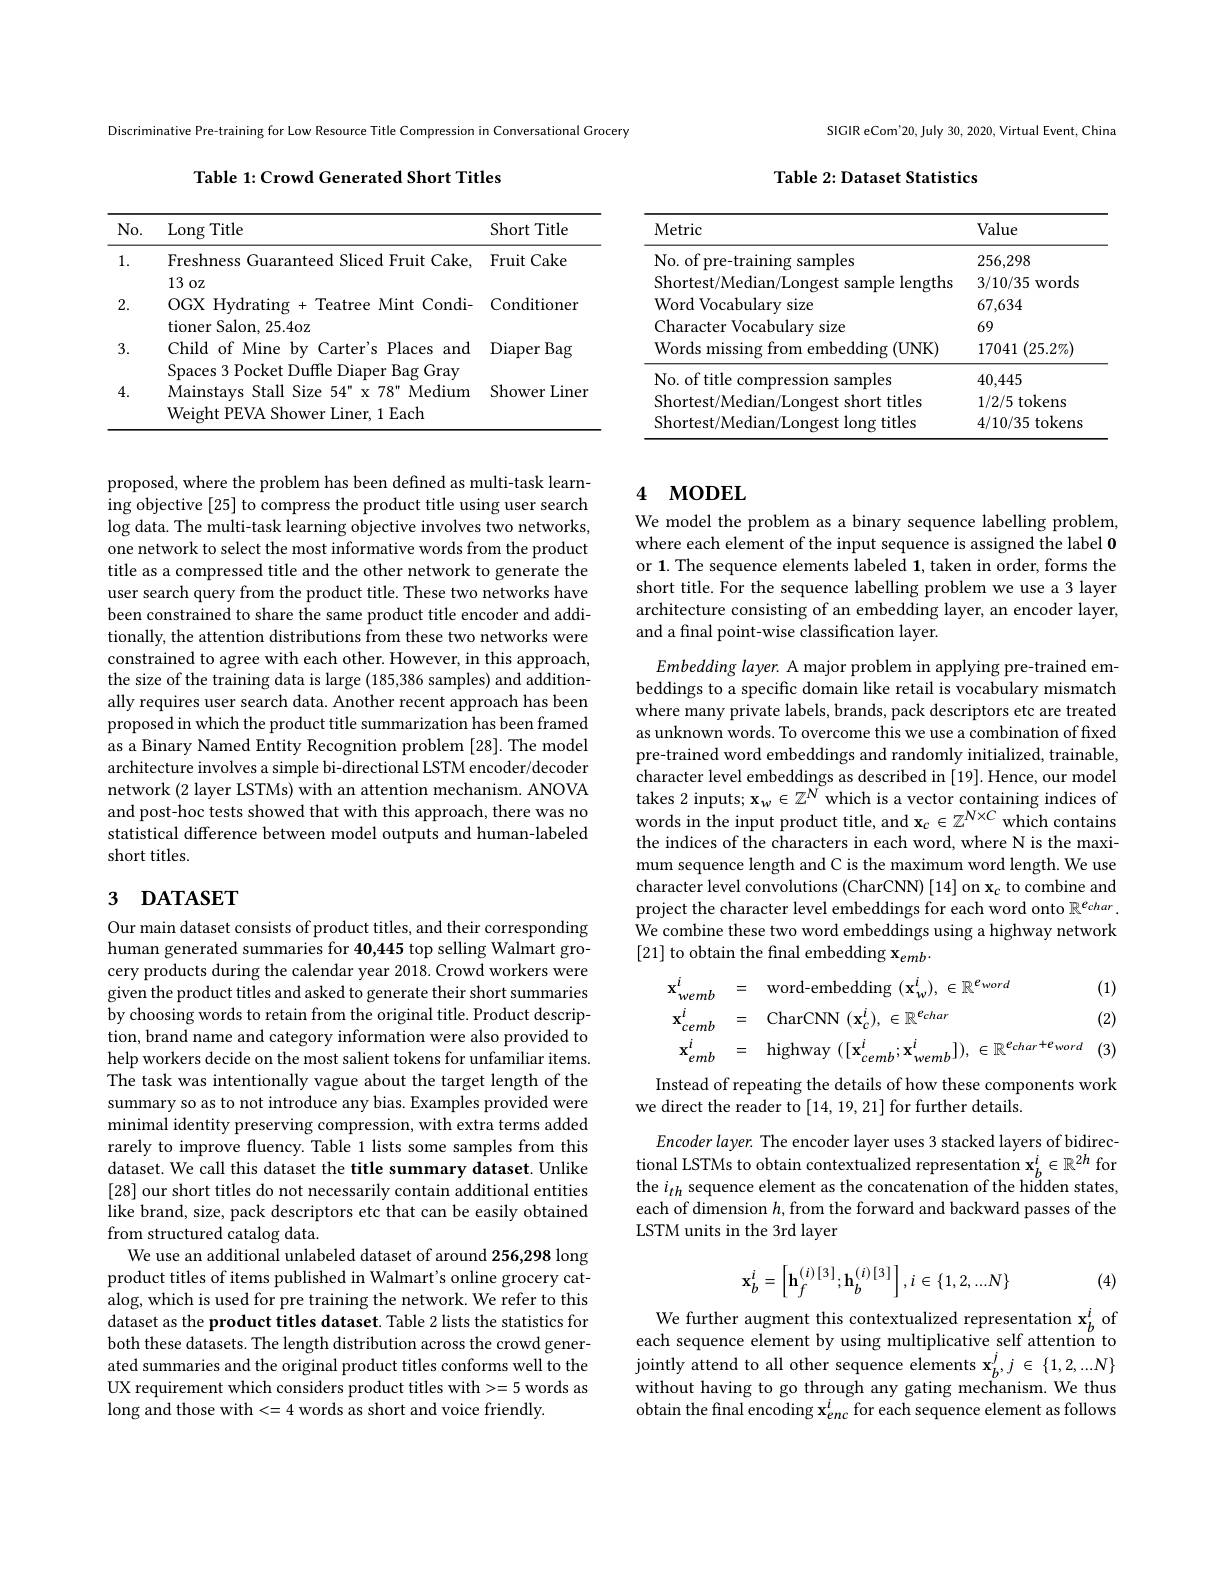
Discriminative Pre-training for Low Resource Title Compression in Conversational Grocery

Table 1: Crowd Generated Short Titles

<table>
	<tbody>
		<tr>
			<th>$No.$</th>
			<th>$\operatorname{Long}$Title</th>
			<th>Short Title</th>
		</tr>
		<tr>
			<td>1.</td>
			<td>Freshness Guaranteed Sliced Fruit Cake, 13,</td>
			<td>Fruit Cake</td>
		</tr>
		<tr>
			<td>2.</td>
			<td>$IVVL$ OGX Hydrating +Teatree Mint Condi- tioner Salon, 25. 4oz</td>
			<td>Conditioner</td>
		</tr>
		<tr>
			<td>3.</td>
			<td>Child of Mine by Carter's Places and $\mathbf{v}_{\mathbf{m}}$ nar</td>
			<td>Diaper Bag</td>
		</tr>
		<tr>
			<td>4.</td>
			<td>Mainstays Stall Size 54" x 78" Medium Weight PEVA Shower Liner, 1 Each</td>
			<td>Shower Liner</td>
		</tr>
	</tbody>
</table>

proposed, where the problem has been defined as multi-task learning objective [25] to compress the product title using user search log data. The multi-task learning objective involves two networks, one network to select the most informative words from the product title as a compressed title and the other network to generate the user search query from the product title. These two networks have been constrained to share the same product title encoder and additionally, the attention distributions from these two networks were constrained to agree with each other. However, in this approach, the size of the training data is large (185,386 samples) and additionally requires user search data. Another recent approach has been proposed in which the product title summarization has been framed as a Binary Named Entity Recognition problem [28]. The model architecture involves a simple bi-directional LSTM encoder/decoder network (2 layer LSTMs) with an attention mechanism. ANOVA and post-hoc tests showed that with this approach, there was no statistical difference between model outputs and human-labeled short titles.

## 3 DATASET

Our main dataset consists of product titles, and their corresponding human generated summaries for 40,445 top selling Walmart grocery products during the calendar year 2018.Crowd workers were given the product titles and asked to generate their short summaries by choosing words to retain from the original title. Product description, brand name and category information were also provided to help workers decide on the most salient tokens for unfamiliar items The task was intentionally vague about the target length of the summary so as to not introduce any bias. Examples provided were minimal identity preserving compression, with extra terms added rarely to improve fluency. Table 1 lists some samples from this dataset. We call this dataset the title summary dataset. Unlike [28] our short titles do not necessarily contain additional entities like brand, size, pack descriptors etc that can be easily obtained from structured catalog data.
We use an additional unlabeled dataset of around 256,298 long product titles of items published in Walmart's online grocery catalog, which is used for pre training the network. We refer to this dataset as the product titles dataset. Table 2 lists the statistics for both these datasets. The length distribution across the crowd generated summaries and the original product titles conforms well to the UX requirement which considers product titles with>=5 words as long and those with<=4 words as short and voice friendly

SIGIR eCom'20, July 30, 2020, Virtual Event, China

Table 2: Dataset Statistics

<table>
	<tbody>
		<tr>
			<th>Metric</th>
			<th>Value</th>
		</tr>
		<tr>
			<td>No. of pre-training samples</td>
			<td>256,298</td>
		</tr>
		<tr>
			<td>Shortest/Median/Longest sample lengths</td>
			<td>words 3/10/35</td>
		</tr>
		<tr>
			<td>Word Vocabulary size</td>
			<td>67,634</td>
		</tr>
		<tr>
			<td>Character Vocabulary size</td>
			<td>69</td>
		</tr>
		<tr>
			<td>Words missing from embedding (UNK)</td>
			<td>$(25.2\%)$ 17041</td>
		</tr>
		<tr>
			<td>No. of title compression samples</td>
			<td>40,445</td>
		</tr>
		<tr>
			<td>Shortest/Median/Longest short titles</td>
			<td>1/2/5 tokens</td>
		</tr>
		<tr>
			<td>Shortest/Median/Longest long titles</td>
			<td>4/10/35 tokens</td>
		</tr>
	</tbody>
</table>

## 4 моDEL

We model the problem as a binary sequence labelling problem, where each element of the input sequence is assigned the label 0 or 1. The sequence elements labeled 1, taken in order, forms the short title. For the sequence labelling problem we use a 3 layer architecture consisting of an embedding layer, an encoder layer, and a final point-wise classification layer.

Embedding layer. A major problem in applying pre-trained embeddings to a specific domain like retail is vocabulary mismatch where many private labels, brands, pack descriptors etc are treated as unknown words. To overcome this we use a combination of fixed pre-trained word embeddings and randomly initialized, trainable, character level embeddings as described in [19]. Hence, our model $\text{takes 2 inputs; x}_{w}\in \mathbb{Z} ^{N}$ which is a vector containing indices of $\text{words in the input product title, and x}_{c}\in \mathbb{Z} ^{N\times C}$ which contains the indices of the characters in each word, where N is the maximum sequence length and C is the maximum word length. We use character level convolutions (CharCNN) [14] on x$_c$ to combine and project the character level embeddings for each word onto $\mathbb{R}^{e_{char}}.$ We combine these two word embeddings using a highway network [21] to obtain the final embedding x$_{emb}.$
$$\mathbf{x}_{wemb}^{i}=\quad\mathrm{word-embedding~}(\mathbf{x}_{w}^{i}),\:\in\mathbb{R}^{e_{word}}(1)\\\mathbf{x}_{cemb}^{i}=\quad\mathrm{CharCNN~}(\mathbf{x}_{c}^{i}),\in\mathbb{R}^{e_{char}}(2)\\\mathbf{x}_{emb}^{i}=\quad\mathrm{highway~}([\mathbf{x}_{cemb}^{i};\mathbf{x}_{wemb}^{i}]),\:\in\mathbb{R}^{e_{char}+e_{word}}(3)$$
Instead of repeating the details of how these components work
we direct the reader to [14,19,21] for further details.

Encoder layer. The encoder layer uses 3 stacked layers of bidirectional LSTMs to obtain contextualized representation $\mathbf{x}_b^i\in\mathbb{R}^{2h}$ for the $i_{th}$ sequence element as the concatenation of the hidden states, each of dimension $h$, from the forward and backward passes of the LSTM units in the 3rd layer
$$\mathbf{x}_b^i=\begin{bmatrix}\mathbf{h}_f^{(i)[3]};\mathbf{h}_b^{(i)[3]}\end{bmatrix},i\in\{1,2,...N\}$$
(4)

We further augment this contextualized representation $\mathbf{x}_b^i$ offe further augment this contextualized representation $\mathbf{x}_b^i$ offe sequence element by using multiplicative self attention to jointly attend to all other sequence elements $\mathbf{x}_b^j,j\in\{1,2,...N\}$ without having to go through any gating mechanism. We thus obtain the final encoding $\mathbf{x}_{enc}^{i}$ for each sequence element as follows